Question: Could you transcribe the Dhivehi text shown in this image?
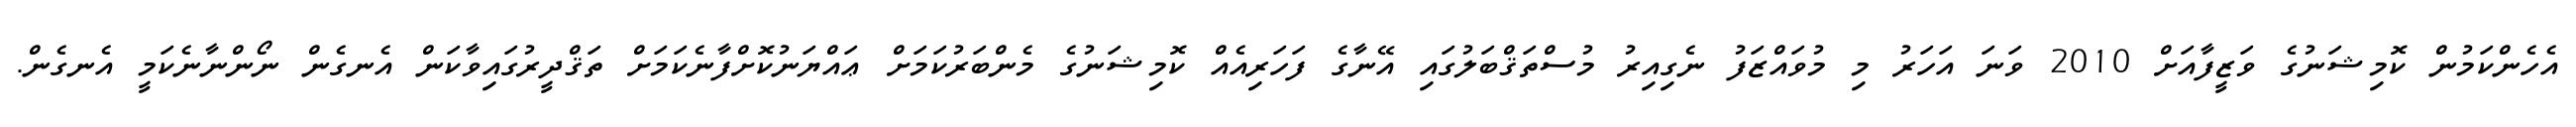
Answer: އެހެންކަމުން ކޮމިޝަނުގެ ވަޒީފާއަށް 2010 ވަނަ އަހަރު މި މުވައްޒަފު ނެގިއިރު މުސްތަޤްބަލުގައި އޭނާގެ ފަހަރިއެއް ކޮމިޝަނުގެ މެންބަރުކަމަށް ޢައްޔަނުކޮށްފާނެކަމަށް ތަޤްދީރުގައިވާކަން އެނގެން ނޯންނާނެކަމީ އެނގެން.